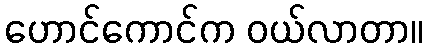
ဟောင်ကောင်က ဝယ်လာတာ။